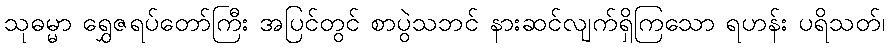
သုဓမ္မာ ရွှေဇရပ်တော်ကြီး အပြင်တွင် စာပွဲသဘင် နားဆင်လျက်ရှိကြသော ရဟန်း ပရိသတ်၊